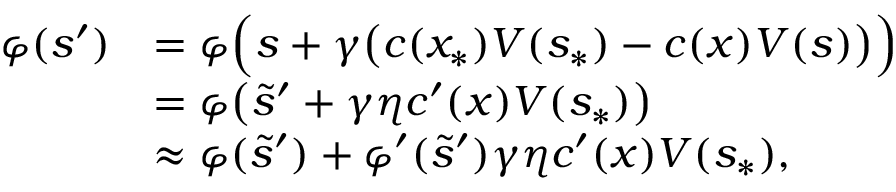
\begin{array} { r l } { \varphi ( s ^ { \prime } ) } & { = \varphi \Bigl ( s + \gamma \bigl ( c ( x _ { \ast } ) V ( s _ { \ast } ) - c ( x ) V ( s ) \bigr ) \Bigr ) } \\ & { = \varphi \bigl ( \tilde { s } ^ { \prime } + \gamma \eta c ^ { \prime } ( x ) V ( s _ { \ast } ) \bigr ) } \\ & { \approx \varphi ( \tilde { s } ^ { \prime } ) + \varphi ^ { \prime } ( \tilde { s } ^ { \prime } ) \gamma \eta c ^ { \prime } ( x ) V ( s _ { \ast } ) , } \end{array}